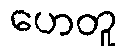
ဟေတူ